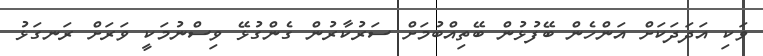
ވަކި އަދަދަކަށް އަންހެން ބޭފުުޅުން ބޭތިއްބުމަށް ސަރުކާރުން ގެންގުޅޭ ވިސްނުމަކީ ވަރަށް ރަނގަޅު